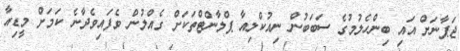
ޖަޕާނަށް އައި ބިންހެލުމުގެ ސަބަބުން ނިއުކްލިއާ ޕްލާންޓްތަކަށް ގެއްލުން ވެފައިވެދާނެ ކަމަށް މީޑިއާ